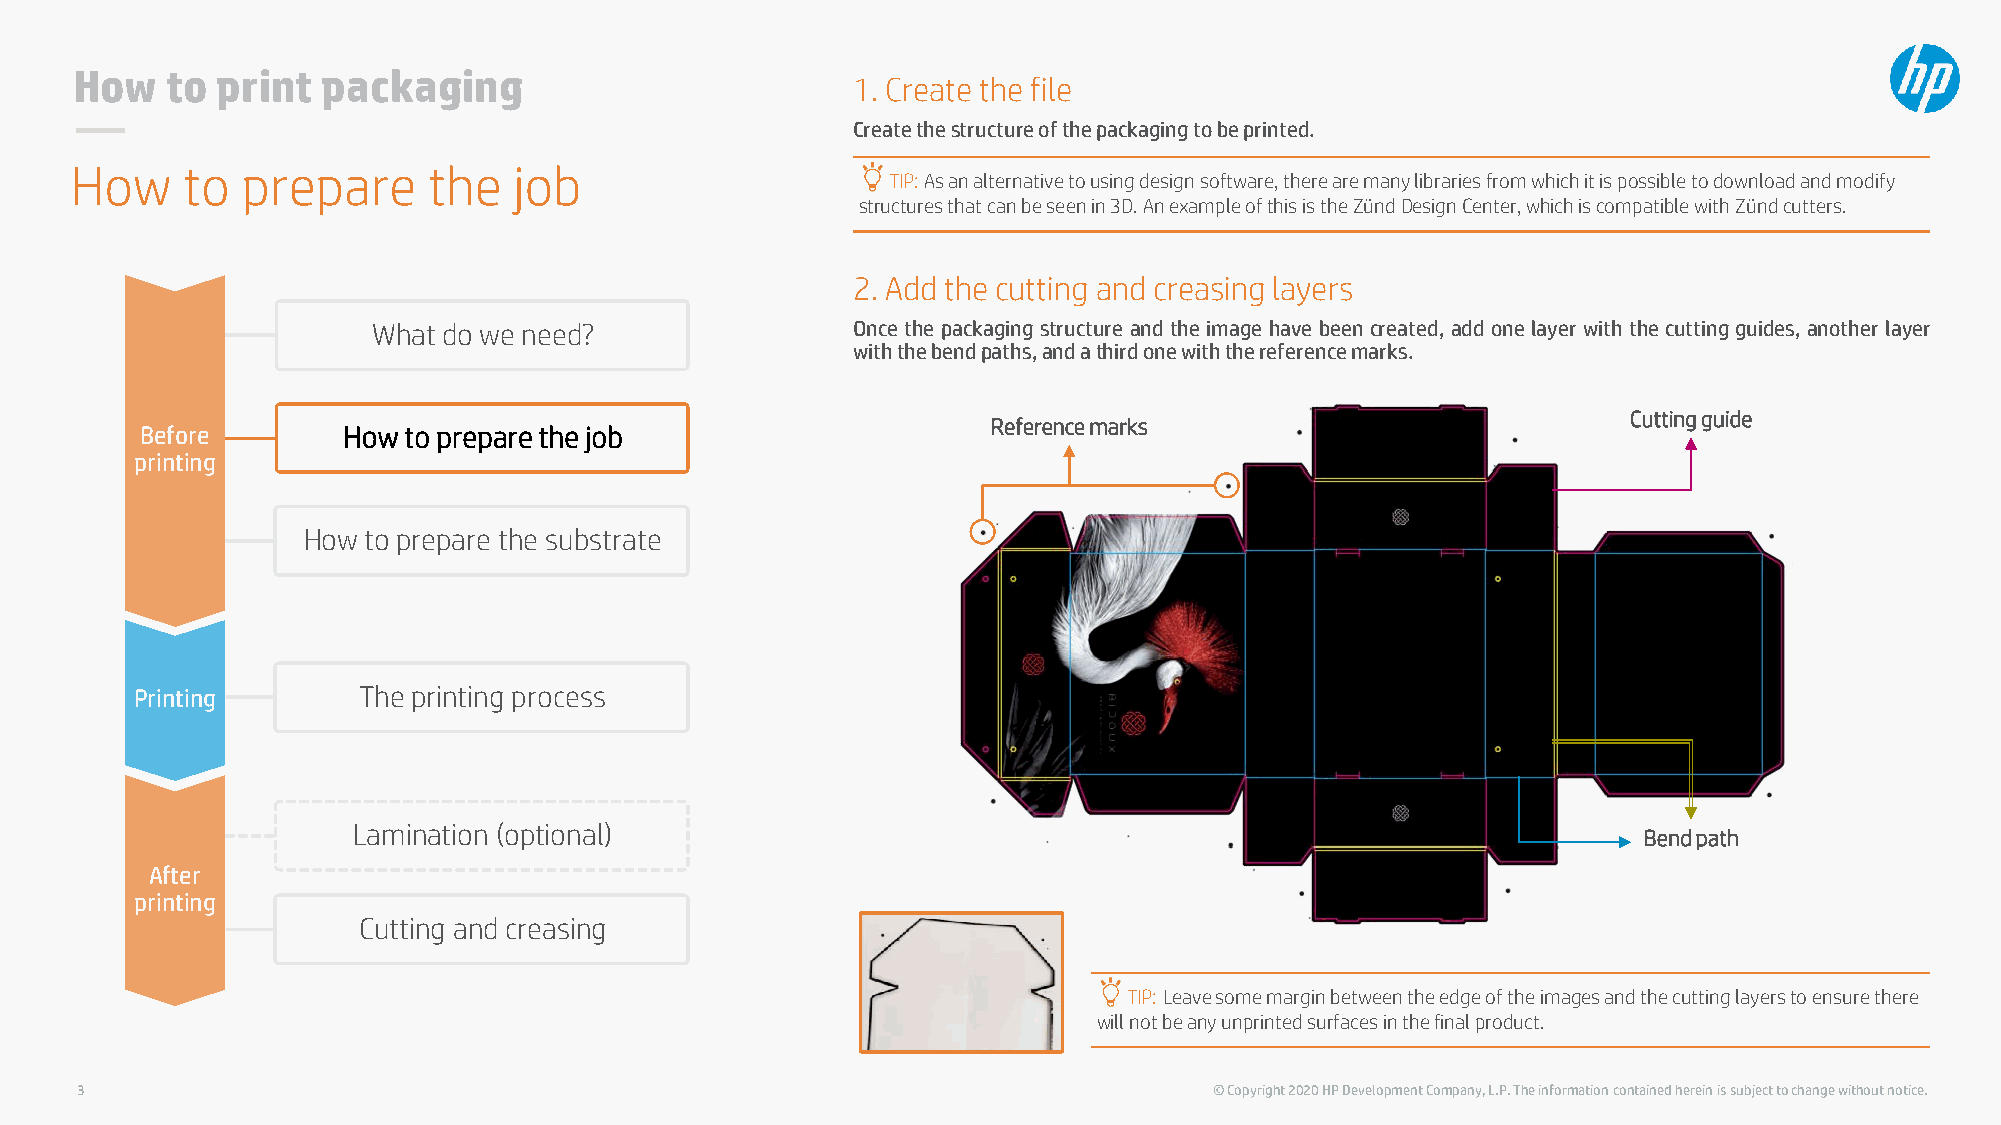
How   to print  packaging
 1. Create the file
 Createthestructureofthepackagingtobeprinted.
 How    to  prepare     the   job
 TIP: As an alternative to using design software, there are many libraries from which it is possible to download and modify
 structures that can be seen in 3D. An example of this is the ZündDesign Center, which is compatible with Zündcutters.
 2. Add the cutting and creasing layers
 What do we need?               Once the packaging structure and the image have been created, add one layer with the cutting guides, another layer
 withthebendpaths,andathirdonewiththereferencemarks.
 Cutting guide
 Reference marks
 Before        How to prepare the job
 printing
 How to prepare the substrate
 Printing       The printing process
 Lamination (optional)
 Bend path
 After
 printing
 Cutting and creasing
 TIP: Leave some margin between the edge of the images and the cutting layers to ensure there
 will not be any unprinted surfaces in the final product.
 3                                                                          © Copyright 2020 HP Development Company, L.P. The information contained herein is subject to change without notice.